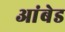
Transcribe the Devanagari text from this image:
आंबेड